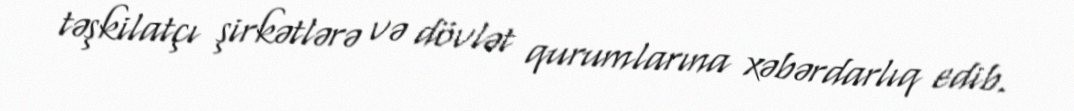
təşkilatçı şirkətlərə və dövlət qurumlarına xəbərdarlıq edib.